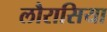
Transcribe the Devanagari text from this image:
लौरासिया